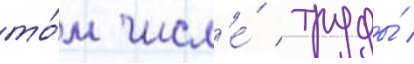
то́м числ'е́ труды́ /